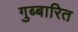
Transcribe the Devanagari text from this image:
गुब्बारित